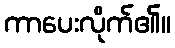
ကာပေးလိုက်၏။